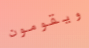
ويقومون